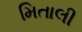
મિતાલી